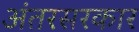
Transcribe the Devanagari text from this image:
अंतरसरकार